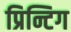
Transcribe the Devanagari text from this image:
प्रिन्टिग